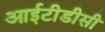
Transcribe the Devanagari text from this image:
आईटीडीसी